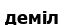
деміл